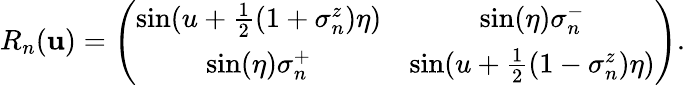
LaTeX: R_{n}(\mathbf{u})=\left(\begin{array}{cccc}{{\sin(u+\frac{1}{2}(1+\sigma_{n}^{z})\eta)}}&{{\sin(\eta)\sigma_{n}^{-}}}\\ {{\sin(\eta)\sigma_{n}^{+}}}&{{\sin(u+\frac{1}{2}(1-\sigma_{n}^{z})\eta)}}\end{array}\right).